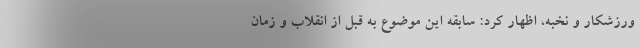
ورزشکار و نخبه، اظهار کرد: سابقه این موضوع به قبل از انقلاب و زمان